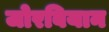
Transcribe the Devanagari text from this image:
जोरबियान